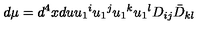
d \mu = d ^ { 4 } x d u u _ { 1 } { } ^ { i } u _ { 1 } { } ^ { j } u _ { 1 } { } ^ { k } u _ { 1 } { } ^ { l } D _ { i j } \bar { D } _ { k l }